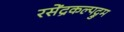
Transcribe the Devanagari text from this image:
रसेंद्रकल्पद्रुम